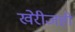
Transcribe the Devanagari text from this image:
खेरीजही